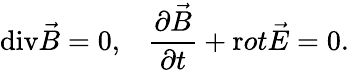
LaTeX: \mathrm{div}\vec{B}=0,\; \; \; \frac{\partial\vec{B}}{\partial t}+{\mathrm rot}\vec{E}=0.